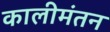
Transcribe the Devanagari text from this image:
कालीमंतन